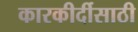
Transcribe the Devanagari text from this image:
कारकीर्दीसाठी